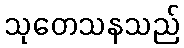
သုတေသနသည်